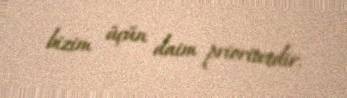
bizim üçün daim prioritetdir.